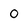
Character: O